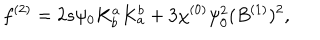
f ^ { ( 2 ) } = 2 s \psi _ { 0 } K _ { b } ^ { a } K _ { a } ^ { b } + 3 \chi ^ { ( 0 ) } \psi _ { 0 } ^ { 2 } ( B ^ { ( 1 ) } ) ^ { 2 } ,